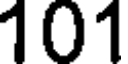
101